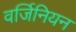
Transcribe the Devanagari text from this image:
वर्जिनियन